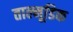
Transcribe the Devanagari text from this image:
ताल्मूडिक